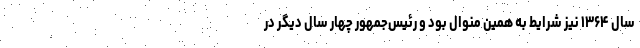
سال ۱۳۶۴ نیز شرایط به همین منوال بود و رئیس‌جمهور چهار سال دیگر در